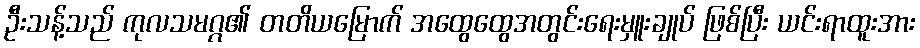
ဦးသန့်သည် ကုလသမဂ္ဂ၏ တတိယမြောက် အထွေထွေအတွင်းရေးမှူးချုပ် ဖြစ်ပြီး ယင်းရာထူးအား